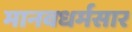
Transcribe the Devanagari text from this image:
मानवधर्मसार